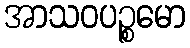
အာသဝပဉ္စမော